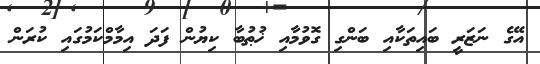
އޭގެ ނަޒަރީ ބައިތަކާއި ބަންގި ގޮވުމާއި ޚުޠުބާ ކިޔުން ފަދަ އިމާމްކަމުގައި ކުރަން